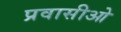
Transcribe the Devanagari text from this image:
प्रवासीओ